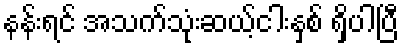
နန်းရင် အသက်သုံးဆယ့်ငါးနှစ် ရှိပါပြီ